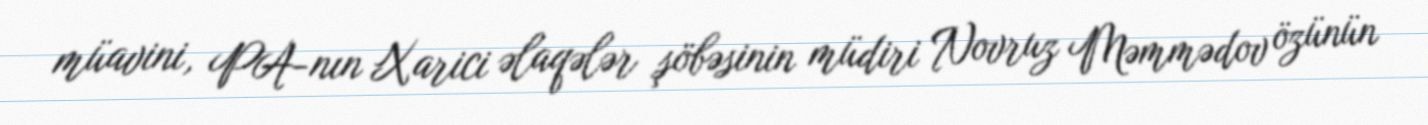
müavini, PA-nın Xarici əlaqələr şöbəsinin müdiri Novruz Məmmədov özünün